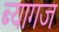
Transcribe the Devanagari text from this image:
ब्यागज